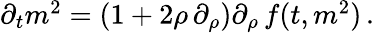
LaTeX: \begin{array}{r}{\partial_{t}m^{2}=(1+2\rho\, \partial_{\rho})\partial_{\rho}\, f(t,m^{2})\, .}\end{array}